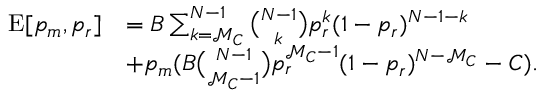
\begin{array} { r l } { \mathrm { E } [ p _ { m } , p _ { r } ] } & { = B \sum _ { k = \mathcal { M } _ { C } } ^ { N - 1 } { \binom { N - 1 } { k } } p _ { r } ^ { k } ( 1 - p _ { r } ) ^ { N - 1 - k } } \\ & { + p _ { m } ( B { \binom { N - 1 } { \mathcal { M } _ { C } - 1 } } p _ { r } ^ { \mathcal { M } _ { C } - 1 } ( 1 - p _ { r } ) ^ { N - \mathcal { M } _ { C } } - C ) . } \end{array}